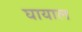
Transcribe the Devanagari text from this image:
घायाल